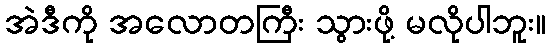
အဲဒီကို အလောတကြီး သွားဖို့ မလိုပါဘူး။